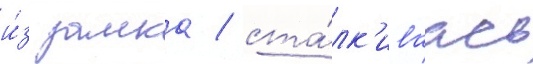
и́з замка / ста́лк'иваась